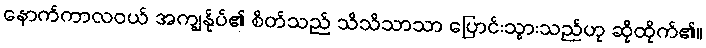
နောက်ကာလဝယ် အကျွန်ုပ်၏ စိတ်သည် သိသိသာသာ ပြောင်းသွားသည်ဟု ဆိုထိုက်၏။